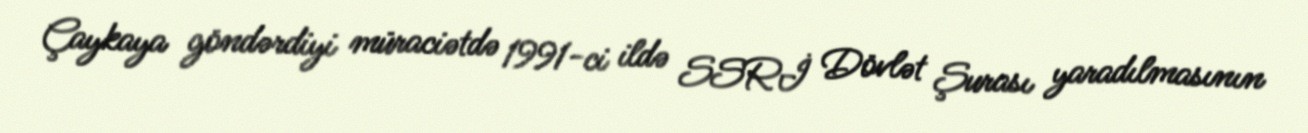
Çaykaya göndərdiyi müraciətdə 1991-ci ildə SSRİ Dövlət Şurası yaradılmasının